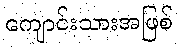
ကျောင်းသားအဖြစ်